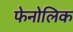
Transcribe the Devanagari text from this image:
फेनोलिक